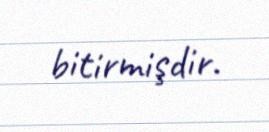
bitirmişdir.